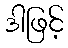
ဒါဖြင့်